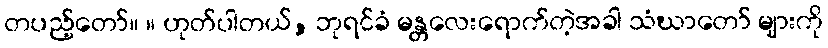
တပည့်တော်။ ။ ဟုတ်ပါတယ်, ဘုရင်ခံ မန္တလေးရောက်တဲ့အခါ သံဃာတော် များကို